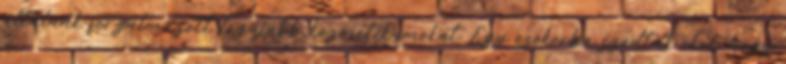
általunk forgalmazott legújabb kozmetikumokat. Egy csokorba szedtük őket, hogy